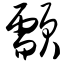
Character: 颥